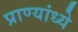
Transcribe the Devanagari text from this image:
प्राण्यांध्ये